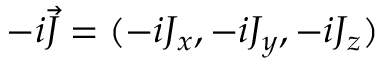
- i \vec { J } = ( - i J _ { x } , - i J _ { y } , - i J _ { z } )